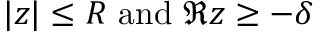
| z | \leq R { \mathrm { ~ a n d ~ } } \Re z \geq - \delta